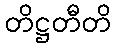
တိဋ္ဌတီတိ